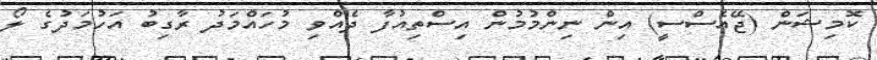
ކޮމިޝަން (ޖޭއެސްސީ) އިން ނިންމުމުން އިސްތިއުފާ ދެއްވި މުހައްމަދު ރާގިބު އަހުމަދުގެ ލޯ